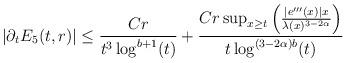
LaTeX: \begin{align*} |\partial_{t}E_{5}(t,r)| &\leq \frac{C r}{t^{3}\log^{b+1}(t)}+\frac{C r \sup_{x \geq t}\left(\frac{|e'''(x)|x}{\lambda(x)^{3-2\alpha}}\right)}{t\log^{(3-2\alpha)b}(t)}\end{align*}